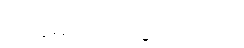
ပက္ကမတု၊ ဖဲသွားလော့။